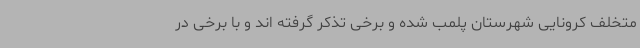
متخلف کرونایی شهرستان پلمب شده و برخی تذکر گرفته اند و با برخی در